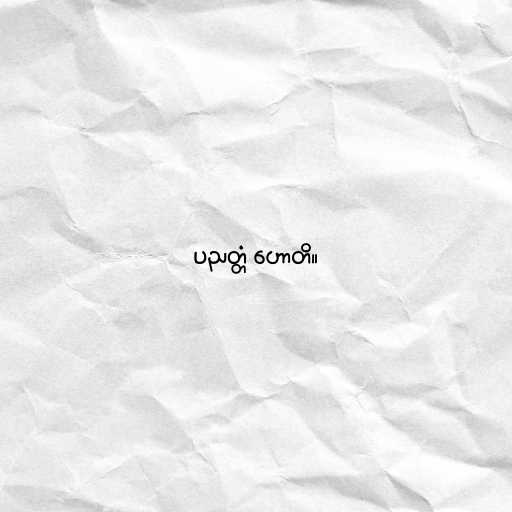
ပညတ္တံ ဟောတိ။